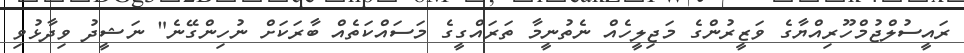
ރައީސުލްޖުމްހޫރިއްޔާގެ ވަޒީރުންގެ މަޖިލީހެއް ނެތުނީމާ ތަރައްގީގެ މަސައްކަތެއް ބާރަކަށް ނުހިންގޭނެ" ނަޝީދު ވިދާޅުވި